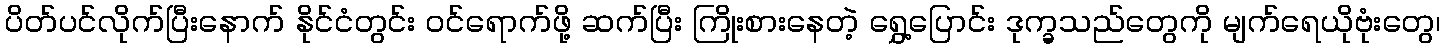
ပိတ်ပင်လိုက်ပြီးနောက် နိုင်ငံတွင်း ဝင်ရောက်ဖို့ ဆက်ပြီး ကြိုးစားနေတဲ့ ရွှေ့ပြောင်း ဒုက္ခသည်တွေကို မျက်ရေယိုဗုံးတွေ၊